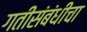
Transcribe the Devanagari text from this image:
गतीसंबंधीचा